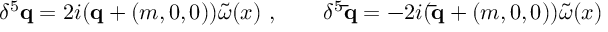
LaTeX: \delta ^ { 5 } { \mathbf q } = 2 i ( { \mathbf q } + ( m , 0 , 0 ) ) \tilde { \omega } ( x ) \ , \qquad \delta ^ { 5 } { \mathbf { \bar { q } } } = - 2 i ( { \mathbf { \bar { q } } } + ( m , 0 , 0 ) ) \tilde { \omega } ( x )